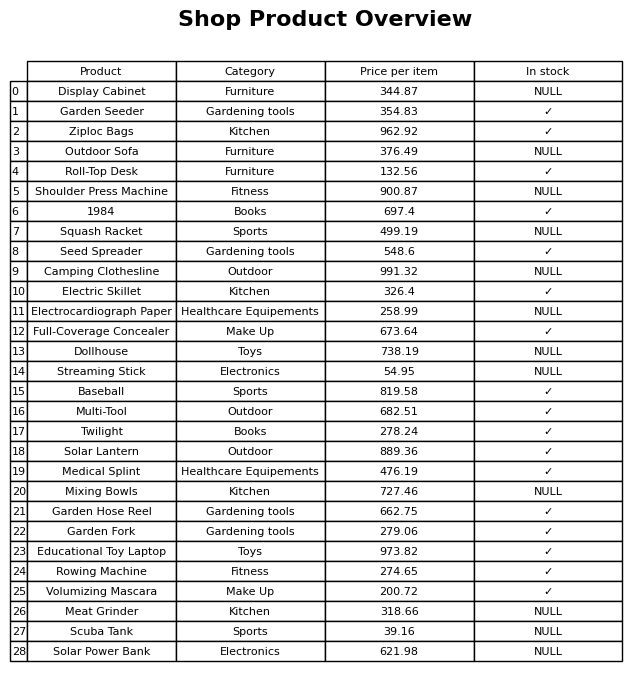
question: What is the price of the Educational Toy Laptop?
answer: The price of Educational Toy Laptop is 973.82.